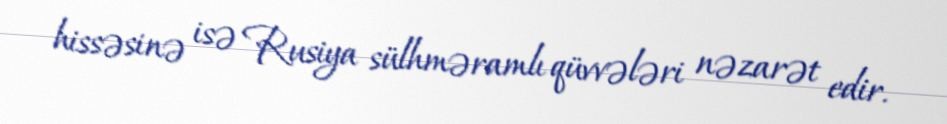
hissəsinə isə Rusiya sülhməramlı qüvvələri nəzarət edir.